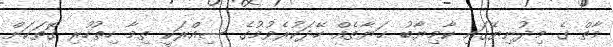
މާތް ގެ މިދުނިޔޭގައި ކާމިޔާބު ޙަޔާތެއް ހޭދަކުރެވުމުގެ ސިއްރަކީ ތިމާ ހިތުހުރި ގޮތަކަށް